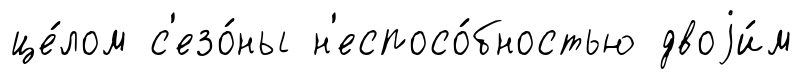
це́лом с'езо́ны н'еспосо́бностью двоjи́м